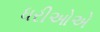
ધરીઓએ